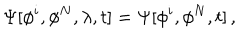
\Psi [ \phi ^ { i } , \phi ^ { N } , \lambda , t ] = \Psi [ \phi ^ { i } , \phi ^ { N } , t ] \, ,